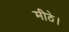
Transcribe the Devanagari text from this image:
मीठे।